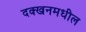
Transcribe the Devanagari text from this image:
दक्खनमधील